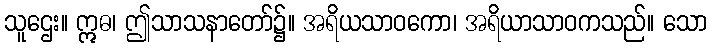
သူဌေး။ ဣဓ၊ ဤသာသနာတော်၌။ အရိယသာဝကော၊ အရိယာသာဝကသည်။ သော